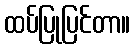
ထပ်ပြုပြင်တာ။